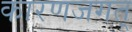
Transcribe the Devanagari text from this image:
कारणजगत्